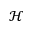
\mathscr { H }